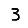
Digit: 3